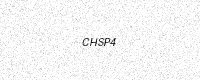
Text: CHSP4